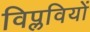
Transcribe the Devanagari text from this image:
विप्लवियों